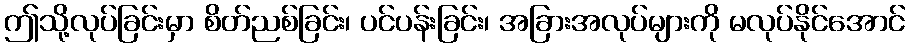
ဤသို့လုပ်ခြင်းမှာ စိတ်ညစ်ခြင်း၊ ပင်ပန်းခြင်း၊ အခြားအလုပ်များကို မလုပ်နိုင်အောင်